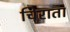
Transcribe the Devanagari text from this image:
चिराता